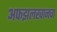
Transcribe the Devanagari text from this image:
अफझलखानचा